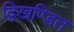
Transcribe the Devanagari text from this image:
द्विखण्डित